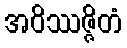
အဝိဿဇ္ဇိတံ